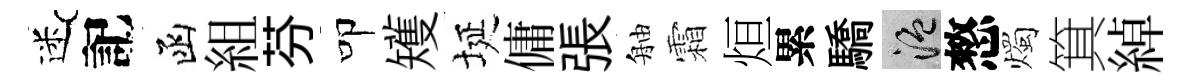
迷記函組芬叩矱埏傭張舳霜烜累驕温憗燭箕綽